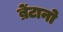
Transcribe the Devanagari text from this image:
ब्रेंटानो